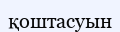
қоштасуын